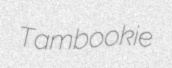
Tambookie